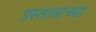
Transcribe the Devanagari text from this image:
प्रस्तावाच्या